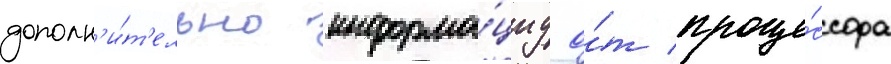
дополн'и́т'ельно информа́циу о́т проце́ссора